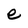
Character: e